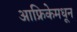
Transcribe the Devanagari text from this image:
आफ्रिकेमधून